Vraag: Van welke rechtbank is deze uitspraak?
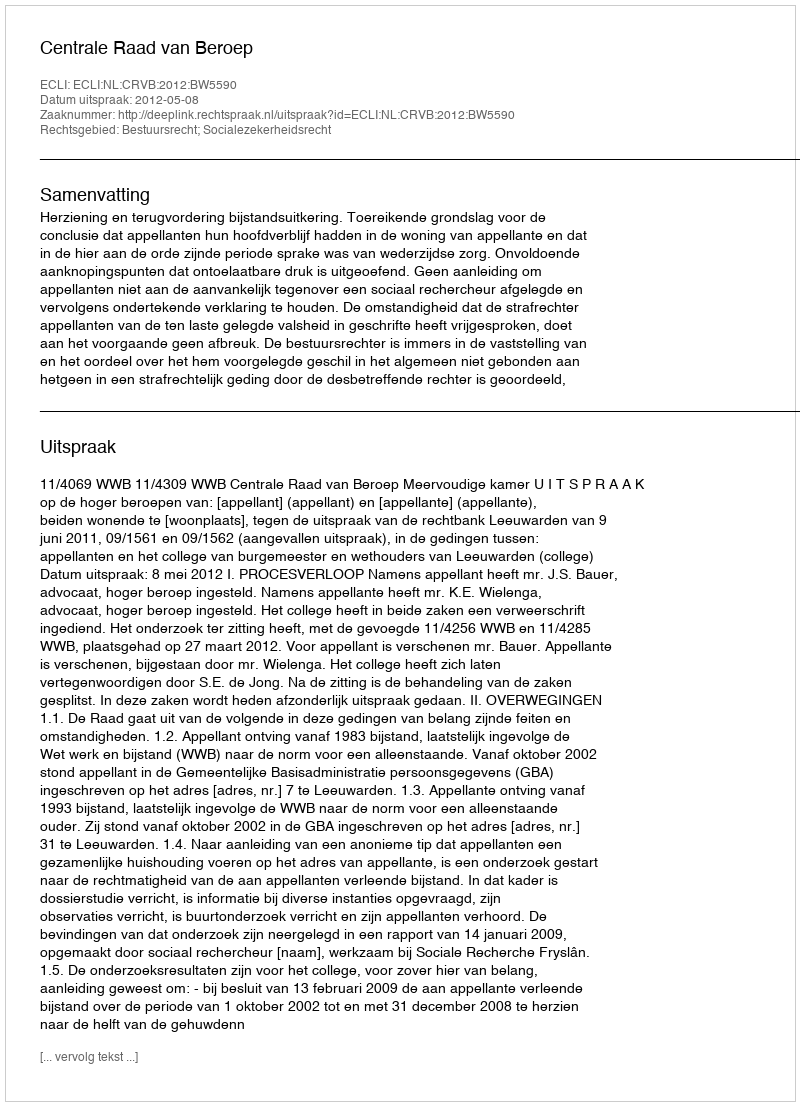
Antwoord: Centrale Raad van Beroep